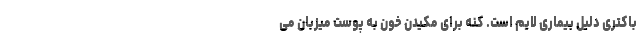
باکتری دلیل بیماری لایم است. کنه برای مکیدن خون به پوست میزبان می